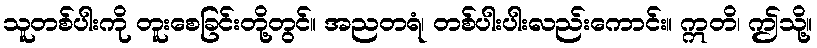
သူတစ်ပါးကို တူးစေခြင်းတို့တွင်။ အညတရံ၊ တစ်ပါးပါးလည်းကောင်း။ ဣတိ၊ ဤသို့။